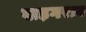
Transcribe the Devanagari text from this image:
खड़गराव